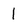
Character: l